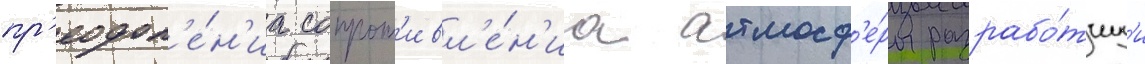
пр'еодол'е́н'иа сопрот'ивл'е́н'иа атмосф'е́ры разрабо́тчик'и